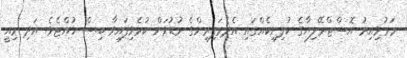
މަރުވިއިރު އޮސްޓްރޭލިޔާގެ ކުލިނިކެއްގައި އެދެމަފިރިންގެ މުޑުވަށް ކުރެވިފައިވާ ބިސް ހުއްޓެވެ. އަދި މިއީ